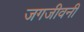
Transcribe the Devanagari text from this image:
जगजीवनी